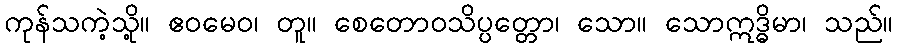
ကုန်သကဲ့သို့။ ဧဝမေဝ၊ တူ။ စေတောဝသိပ္ပတ္တော၊ သော။ သောဣဒ္ဓိမာ၊ သည်။